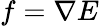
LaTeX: f=\nabla E